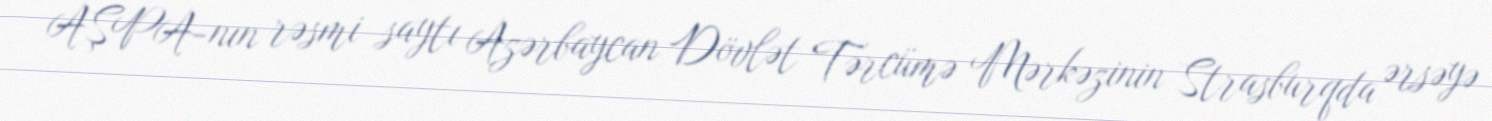
AŞPA-nın rəsmi saytı Azərbaycan Dövlət Tərcümə Mərkəzinin Strasburqda ərsəyə